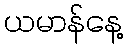
ယမာန်နေ့